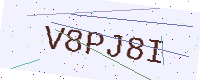
Text: V8PJ8I